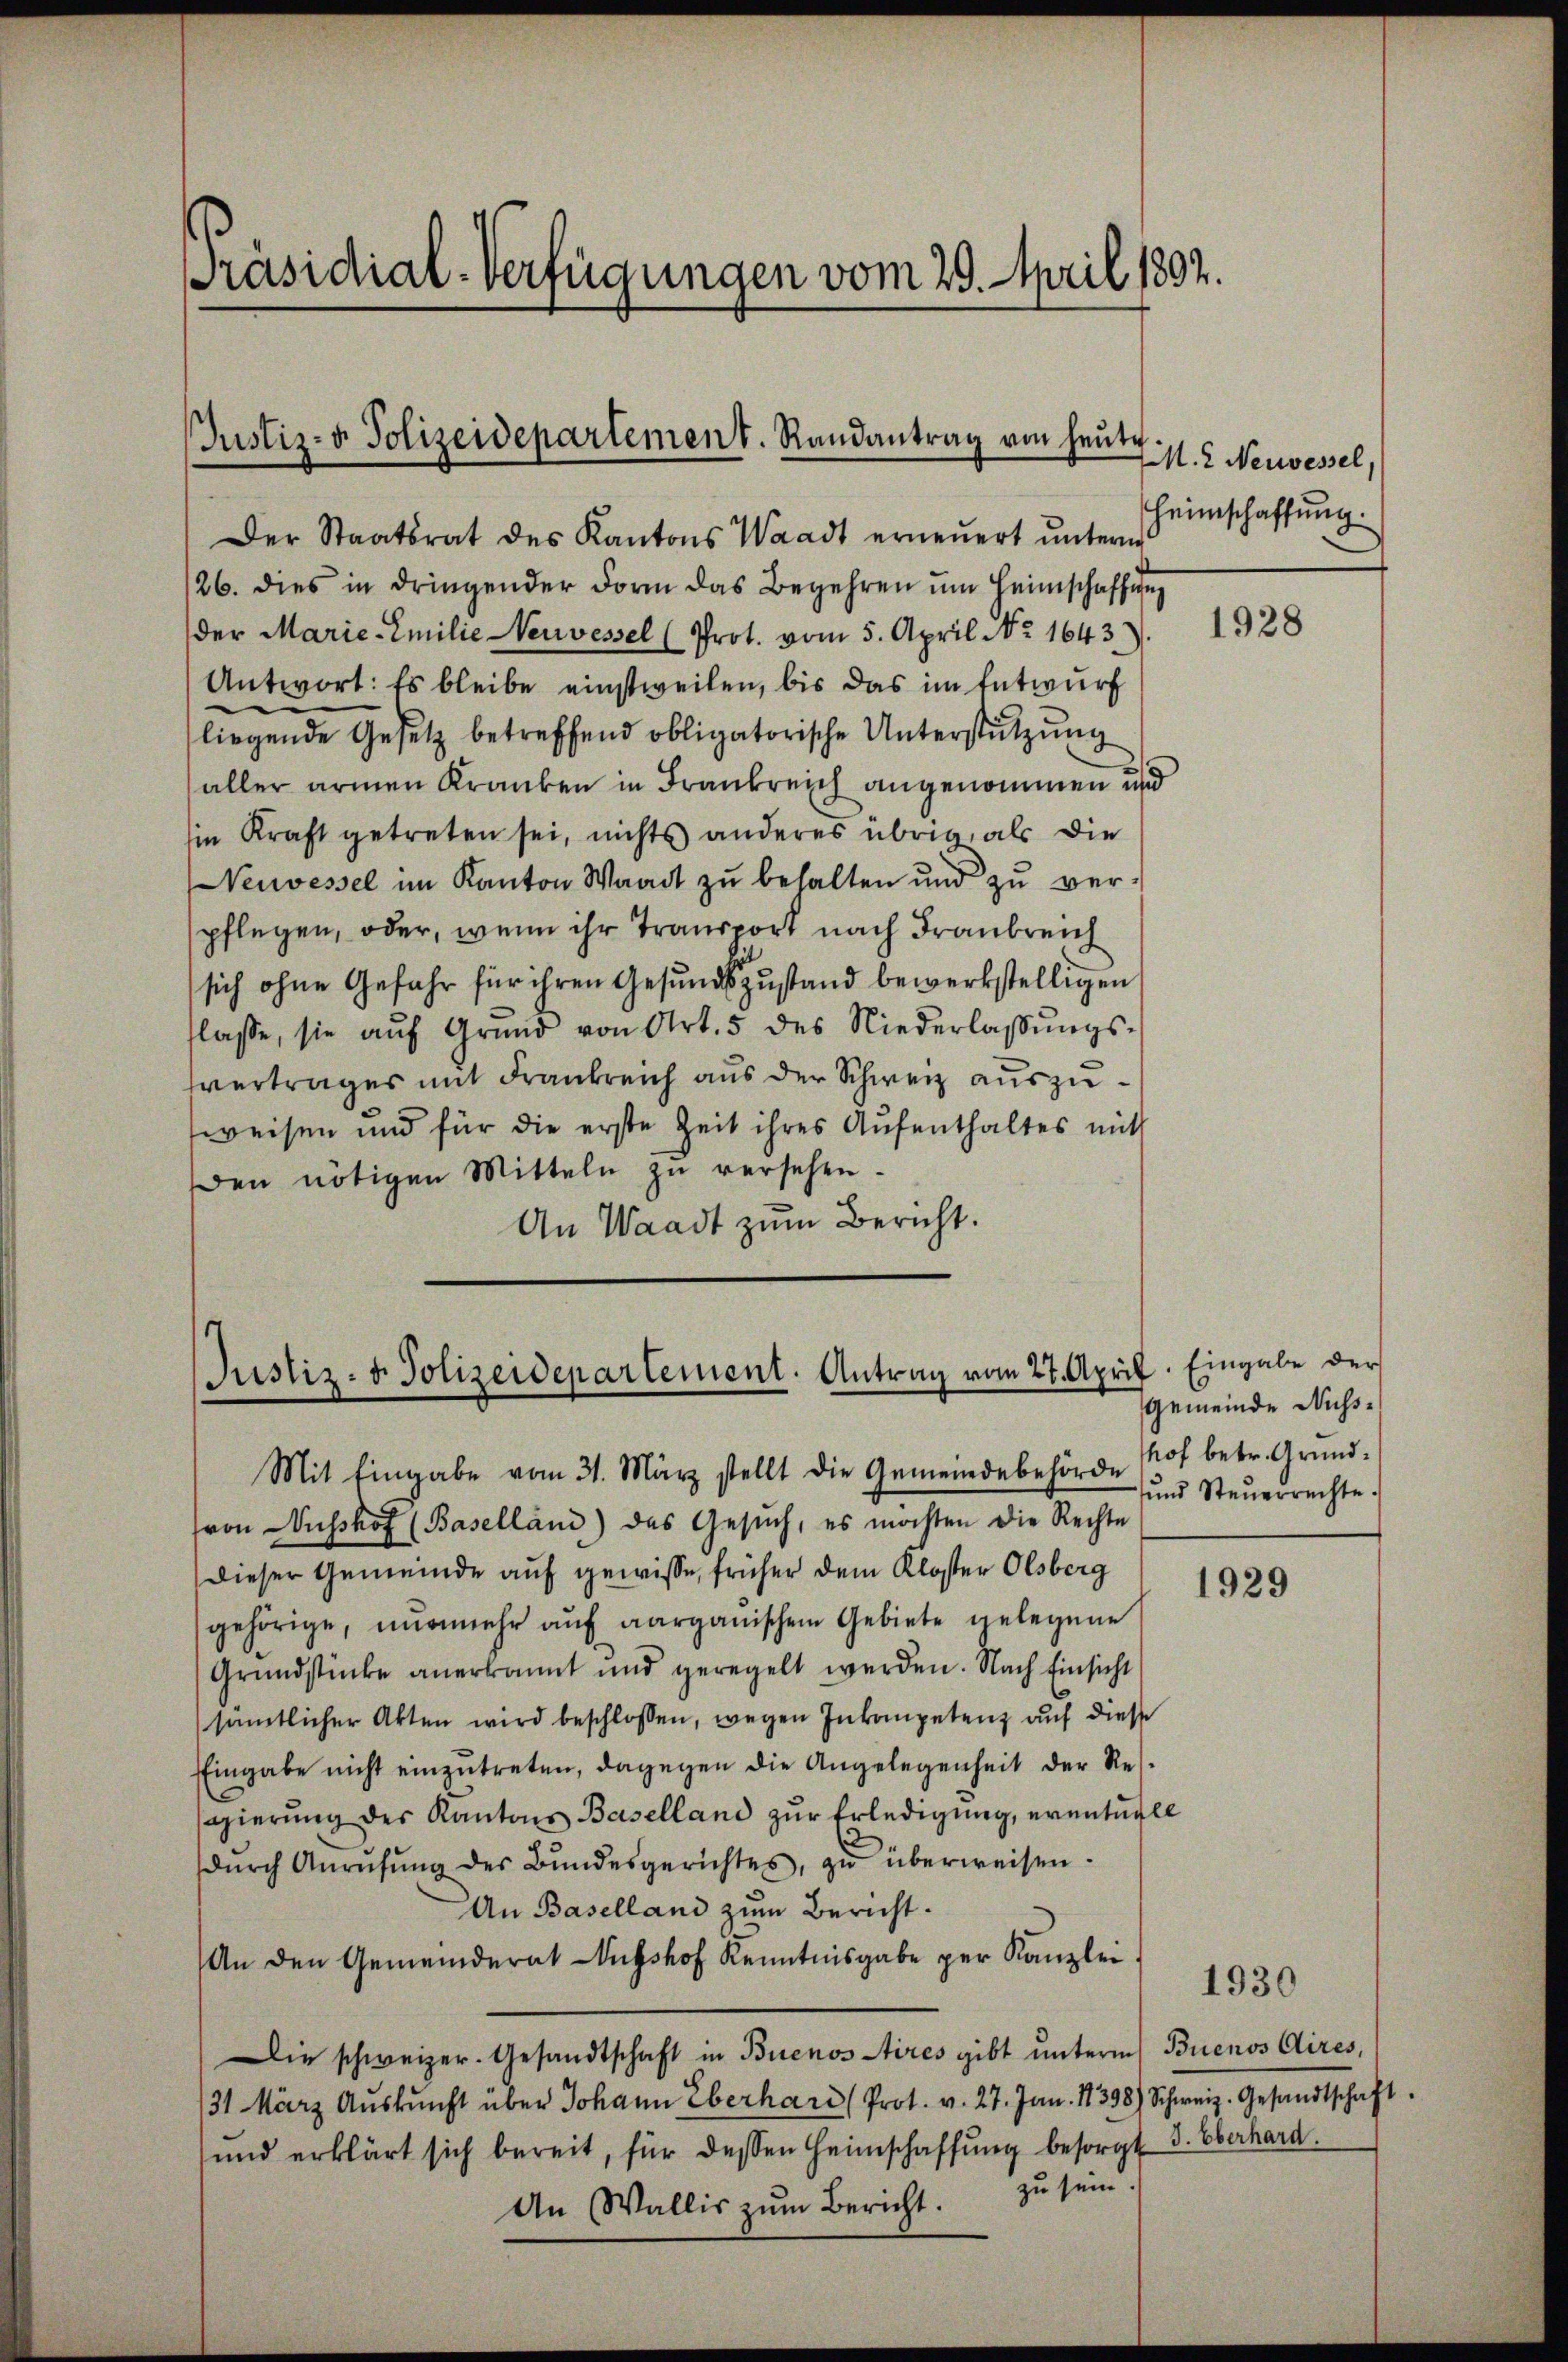
Präsidial-Verfügungen vom 29. April 1802.

Justiz- & Polizeidepartement. Randantrag von heŭt

Justiz- u. Polizeidepartement. Antrag vom 27. April. Eingabe der

Der Staatsrat des Kantons Waadt erneŭert unterm
26. dies in dringender Form das Begehren ŭm Heimschaffun
der Marie-Emilie Neuvessel (Prot. vom 5. April No 1643.
Antwort: Es bleibe einstweilen, bis das im Entwurf
liegende Gesetz betreffend obligatorische Unterstützung
aller armen Kranken in Frankreich angenommen und
in Kraft getreten sei, nichts anderes übrig, als die
Neuvessel im Kanton Waadt zŭ behalten und zŭ ver-
pflegen, oder, wenn ihr Transport nach Frankreich
sich ohne Gefahr für ihren Gesundszustand bewerkstelligen
flasse, sie aŭf Grŭnd von Art. 5 des Niederlassŭngs-
vertrages mit Frankreich aus der Schweiz auszuweisen und für die erste Zeit ihres Aufenthaltes mit
Den nötigen Mitteln zŭ versehen.
An Waadt zum Bericht.

4
M. 2 Neuvessel,
Heimschaffung.

Mit Eingabe vom 31. März stellt die Gemeindebehörde
(von Nusshof (Baselland) das Gesŭch, es möchten die Rechte
dieser Gemeinde auf gewisse, früher dem Kloster Olsberg
gehörige, nunmehr auf aargauischen Gebiete gelegene
Grŭndstücke anerkannt und geregelt werden. Nach Einsicht
sämtlicher Akten wird beschlossen, wegen Inkompetenz auf diese
Eingabe nicht einzutreten, dagegen die Angelegenheit der Ressagierŭng des Kantons Baselland zur Erledigung, eventuell
dŭrch Anrüfŭng des Bŭndesgerichtes, zŭ überweisen.
An Baselland zum Bericht.
An den Gemeinderat usshof Kenntnisgabe per Kanzlei
Die schweizer. Gesandtschaft in Buenos Aires gibt unterm Buenos Aires,
31 März Aŭskŭnft über Johann Eberhard (Prot. v. 27. Jan. 18398) Schweiz. Gesandtschaft.
und erklärt sich bereit, für dessen Heimschaffŭng besorgt 3. Oberhard.
An Wallis zum Bericht zu sein.

1928

Gemeinde Nußshof betr. Grund¬
und Steŭerrechte.

1929

1930